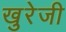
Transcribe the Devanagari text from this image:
खुरेजी